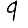
Digit: 9